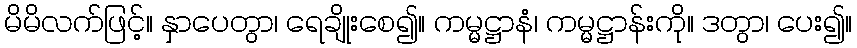
မိမိလက်ဖြင့်။ နှာပေတွာ၊ ရေချိုးစေ၍။ ကမ္မဋ္ဌာနံ၊ ကမ္မဋ္ဌာန်းကို။ ဒတွာ၊ ပေး၍။